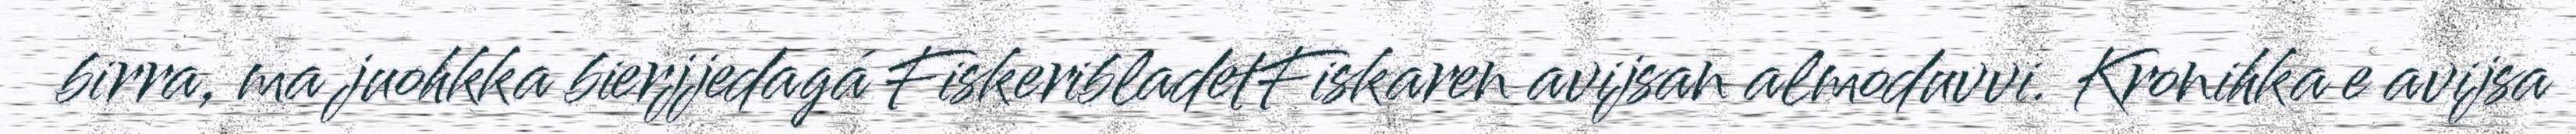
birra, ma juohkka bierjjedagá FiskeribladetFiskaren avijsan almoduvvi. Kronihka e avijsa